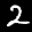
Label: 2